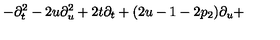
- \partial _ { t } ^ { 2 } - 2 u \partial _ { u } ^ { 2 } + 2 t \partial _ { t } + ( 2 u - 1 - 2 p _ { 2 } ) \partial _ { u } +